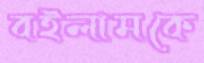
বইলামকে